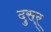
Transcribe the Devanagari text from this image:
दुसर्